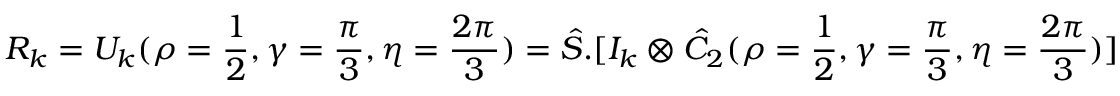
R _ { k } = U _ { k } ( \rho = \frac { 1 } { 2 } , \gamma = \frac { \pi } { 3 } , \eta = \frac { 2 \pi } { 3 } ) = \hat { S } . [ I _ { k } \otimes \hat { C } _ { 2 } ( \rho = \frac { 1 } { 2 } , \gamma = \frac { \pi } { 3 } , \eta = \frac { 2 \pi } { 3 } ) ]